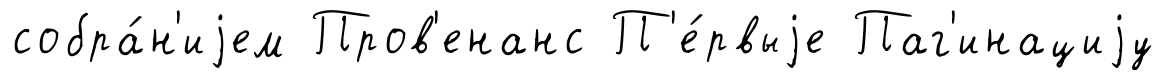
собра́н'иjем Пров'енанс П'е́рвыjе Паг'инациjу